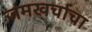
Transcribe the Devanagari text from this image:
जमखर्चाचा